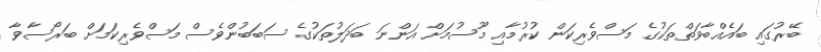
ބޭރުގައި ބައެއްބާވަތްތަކުގެ މަސްވެރިކަން ކުރުމާއި މޫސުމަށް އަންނަ ބަދަލުތަކުގެ ސަބަބުންވެސް މަސްވެރިކަމަށް ބަރޯސާވާ